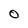
Character: O